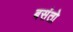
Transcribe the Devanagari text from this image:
बसंतो